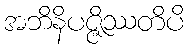
အဘိနိပဇ္ဇိဿတိပိ